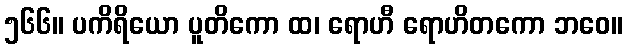
၅၆၆။ ပကိရိယော ပူတိကော ထ၊ ရောဟီ ရောဟိတကော ဘဝေ။